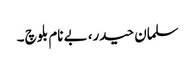
سلمان حیدر، بے نام بلوچ ۔